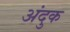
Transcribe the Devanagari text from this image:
अंदुक